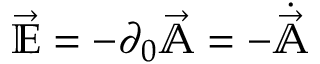
\vec { \mathbb { E } } = - \partial _ { 0 } \vec { \mathbb { A } } = - \dot { \vec { \mathbb { A } } }